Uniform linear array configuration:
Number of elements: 4
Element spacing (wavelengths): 0.75
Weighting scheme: cosine
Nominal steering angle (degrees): -45
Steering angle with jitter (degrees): -43.106
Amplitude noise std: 0.05
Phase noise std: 0.05

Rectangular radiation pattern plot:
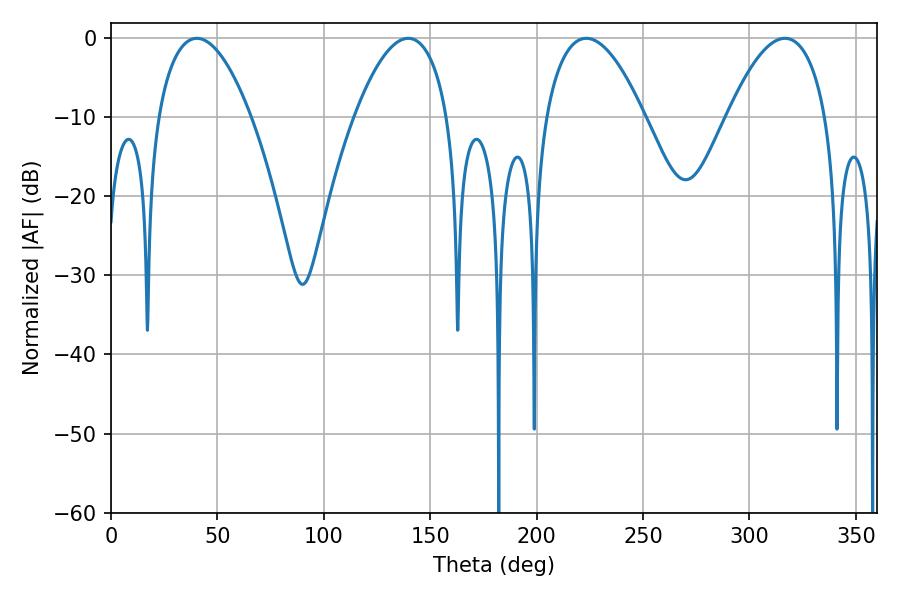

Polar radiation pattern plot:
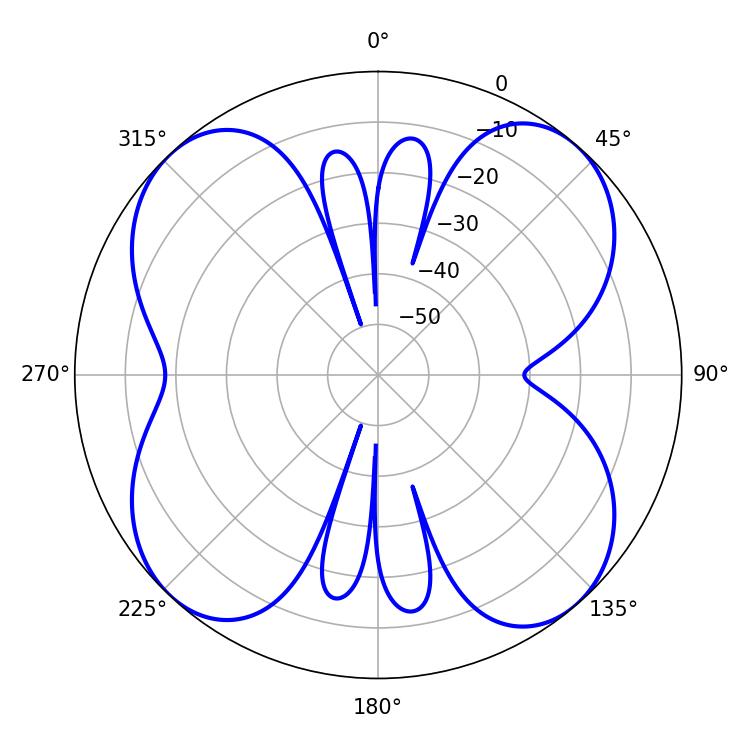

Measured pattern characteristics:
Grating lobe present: TRUE
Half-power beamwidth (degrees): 24.3
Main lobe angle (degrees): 40.32